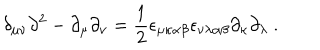
LaTeX: \delta _ { \mu \nu } \partial ^ { 2 } - \partial _ { \mu } \partial _ { \nu } = \frac { 1 } { 2 } \epsilon _ { \mu \kappa \alpha \beta } \epsilon _ { \nu \lambda \alpha \beta } \partial _ { \kappa } \partial _ { \lambda } \ .